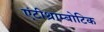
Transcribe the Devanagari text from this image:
एंटीथ्राम्बोटिक